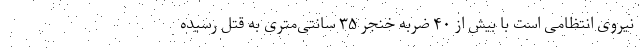
نیروی انتظامی است با بیش از ۴۰ ضربه خنجر ۳۵ سانتی‌متری به قتل رسیده